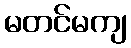
မတင်မကျ